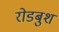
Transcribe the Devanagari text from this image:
रोडबुश